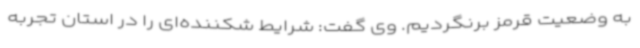
به وضعیت قرمز برنگردیم. وی گفت:‌ شرایط شکننده‌ای را در استان تجربه